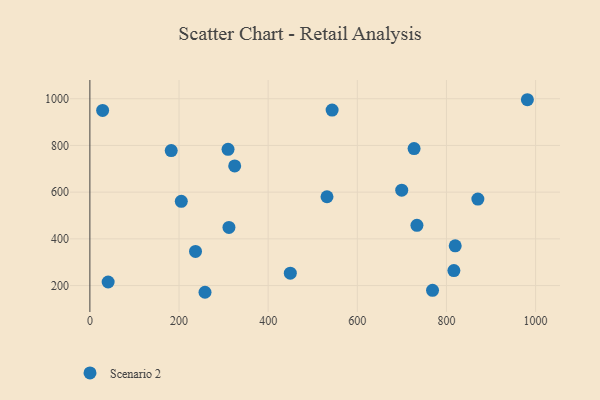
{"axis": {"x": "Investment", "y": "Rating"}, "legend": ["Scenario 2"], "data": [{"x": "28.6", "y": 950.0, "type": "Scenario 2"}, {"x": "543.5", "y": 951.5, "type": "Scenario 2"}, {"x": "816.7", "y": 264.2, "type": "Scenario 2"}, {"x": "727.4", "y": 786.8, "type": "Scenario 2"}, {"x": "699.7", "y": 608.5, "type": "Scenario 2"}, {"x": "768.8", "y": 179.8, "type": "Scenario 2"}, {"x": "312.0", "y": 449.2, "type": "Scenario 2"}, {"x": "182.5", "y": 778.0, "type": "Scenario 2"}, {"x": "449.7", "y": 252.9, "type": "Scenario 2"}, {"x": "41.0", "y": 215.3, "type": "Scenario 2"}, {"x": "981.6", "y": 995.8, "type": "Scenario 2"}, {"x": "310.0", "y": 783.2, "type": "Scenario 2"}, {"x": "532.0", "y": 580.3, "type": "Scenario 2"}, {"x": "324.9", "y": 712.3, "type": "Scenario 2"}, {"x": "237.0", "y": 346.1, "type": "Scenario 2"}, {"x": "205.1", "y": 560.6, "type": "Scenario 2"}, {"x": "733.8", "y": 457.9, "type": "Scenario 2"}, {"x": "258.3", "y": 171.3, "type": "Scenario 2"}, {"x": "819.7", "y": 370.0, "type": "Scenario 2"}, {"x": "870.5", "y": 570.3, "type": "Scenario 2"}]}